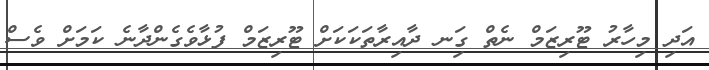
އަދި މިހާރު ޓޫރިޒަމް ނެތް ގިަނ ދާއިރާތަކަކަށް ޓޫރިޒަމް ފުޅާވެގެންދާނެ ކަމަށް ވެސް